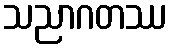
သညာဂတဿ